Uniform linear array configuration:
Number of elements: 12
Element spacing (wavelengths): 0.75
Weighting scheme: hamming
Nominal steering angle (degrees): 15
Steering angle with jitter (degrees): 16.199
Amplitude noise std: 0.05
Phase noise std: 0.05

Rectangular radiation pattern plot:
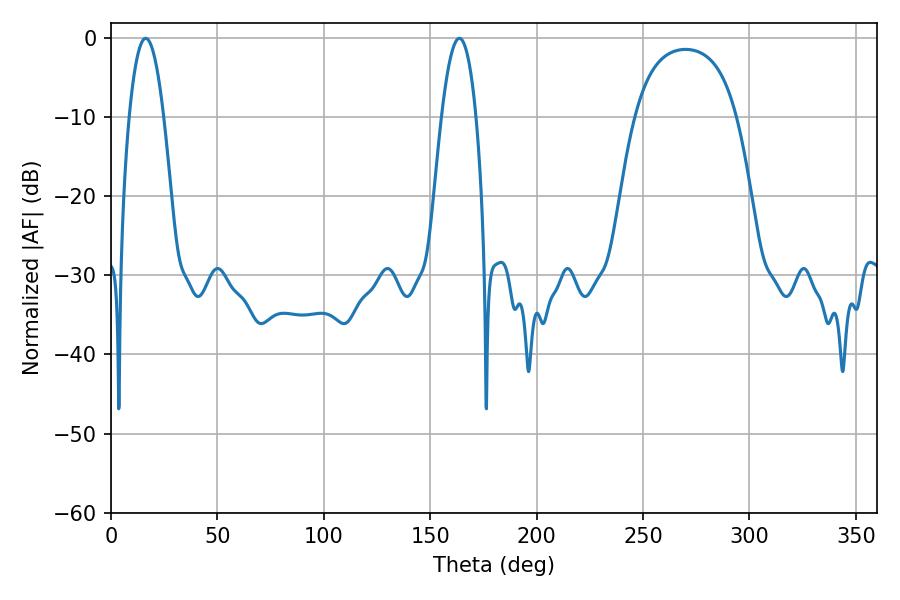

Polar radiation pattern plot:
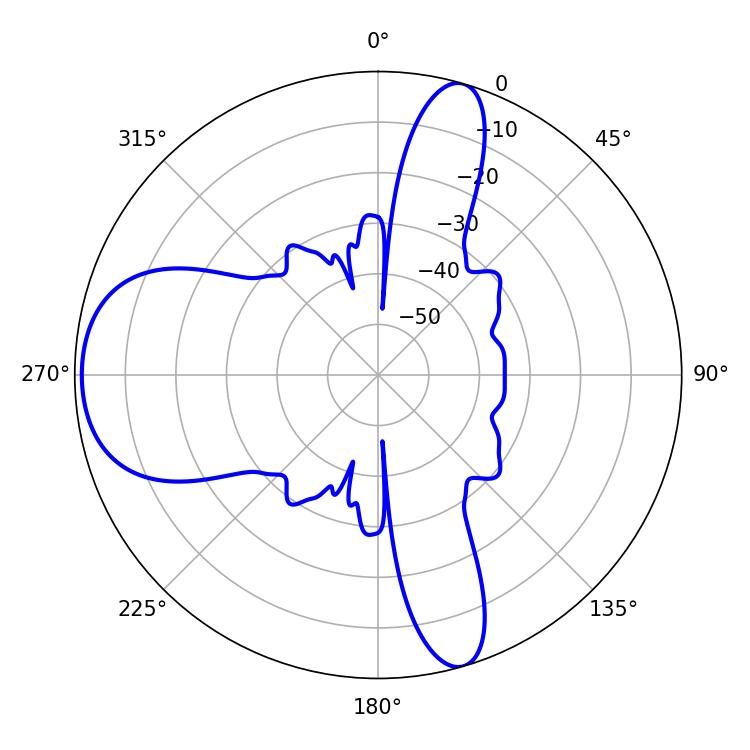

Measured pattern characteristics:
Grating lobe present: TRUE
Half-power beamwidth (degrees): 9
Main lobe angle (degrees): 16.38